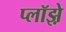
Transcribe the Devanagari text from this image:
प्लॉझ़े